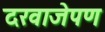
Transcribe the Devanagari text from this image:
दरवाजेपण